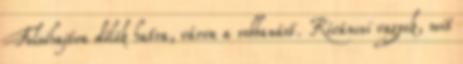
Felsóhajtva dőlök hatra, várva a robbanást. Kíváncsi vagyok, mit